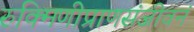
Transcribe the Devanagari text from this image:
रुक्मिणीप्राणसंजीवनं